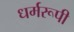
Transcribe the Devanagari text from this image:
धर्मरूपी